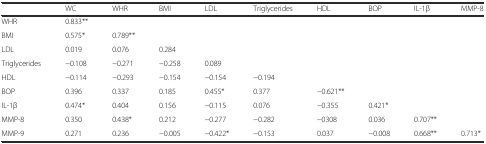
|  | WC | WHR | BMI | LDL | Triglycerides | HDL | BOP | IL-1β | MMP-8 |
 | --- | --- | --- | --- | --- | --- | --- | --- | --- | --- |
 | WHR | 0.833** |  |  |  |  |  |  |  |  |
 | BMI | 0.575* | 0.789** |  |  |  |  |  |  |  |
 | LDL | 0.019 | 0.076 | 0.284 |  |  |  |  |  |  |
 | Triglycerides | −0.108 | −0.271 | −0.258 | 0.089 |  |  |  |  |  |
 | HDL | −0.114 | −0.293 | −0.154 | −0.154 | −0.194 |  |  |  |  |
 | BOP | 0.396 | 0.337 | 0.185 | 0.455* | 0.377 | −0.621** |  |  |  |
 | IL-1β | 0.474* | 0.404 | 0.156 | −0.115 | 0.076 | −0.355 | 0.421* |  |  |
 | MMP-8 | 0.350 | 0.438* | 0.212 | −0.277 | −0.282 | −0308 | 0.036 | 0.707** |  |
 | MMP-9 | 0.271 | 0.236 | −0.005 | −0.422* | −0.153 | 0.037 | −0.008 | 0.668** | 0.713* |